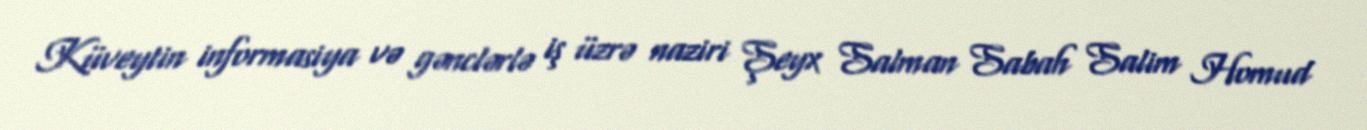
Küveytin informasiya və gənclərlə iş üzrə naziri Şeyx Salman Sabah Salim Homud